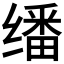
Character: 𬙆